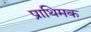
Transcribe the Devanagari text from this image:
प्राथिमक